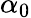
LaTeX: \alpha_{0}